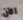
الآن